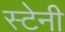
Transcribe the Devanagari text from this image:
स्टेनी